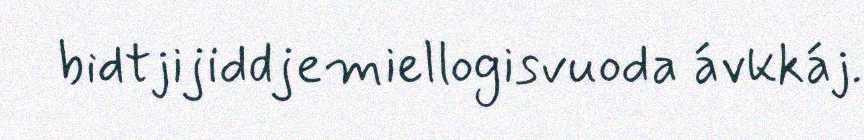
bidtjijiddjemiellogisvuoda ávkkáj.